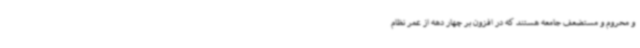
و محروم و مستضعف جامعه هستند که در افزون بر چهار دهه از عمر نظام